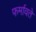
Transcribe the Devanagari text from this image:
फर्मावते